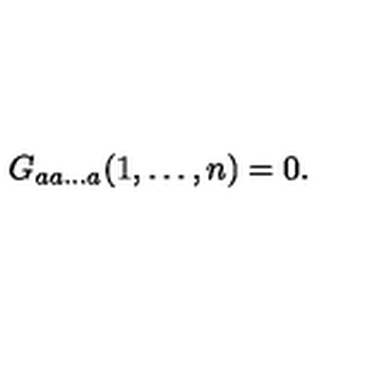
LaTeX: G _ { a a \dots a } ( 1 , \dots , n ) = 0 .